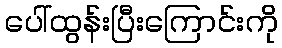
ပေါ်ထွန်းပြီးကြောင်းကို